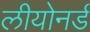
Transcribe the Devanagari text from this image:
लीयोनर्ड